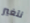
نتغير